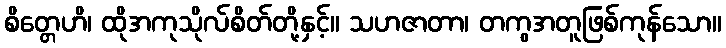
စိတ္တေဟိ၊ ထိုအကုသိုလ်စိတ်တို့နှင့်။ သဟဇာတာ၊ တကွအတူဖြစ်ကုန်သော။